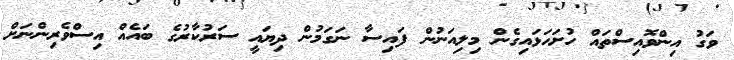
ވަގު އިންވޮއިސްތައް ހުށަހަޅައިގެން މިލިއަނުން ފައިސާ ނަގަމުން ދިޔައީ ސަރުކާރުގެ ބައެއް އިސްވެރިންނަށް